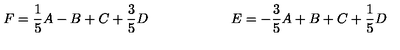
F = \frac { 1 } { 5 } A - B + C + \frac { 3 } { 5 } D \qquad \qquad \qquad E = - \frac { 3 } { 5 } A + B + C + \frac { 1 } { 5 } D